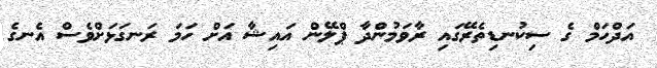
އަދްހަމް ގެ ސިކުނޑިތެރޭގައި ރާާވަމުންދާ ޕްލޭން އައިޝާ އަށް ހަމަ ރަނގަޅަށްވެސް އެނގެ